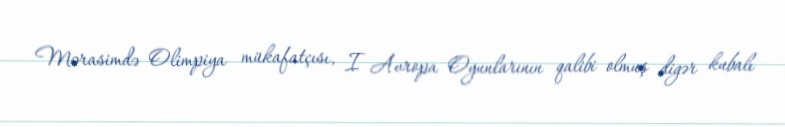
Mərasimdə Olimpiya mükafatçısı, I Avropa Oyunlarının qalibi olmuş digər kubalı